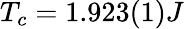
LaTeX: T_{c}=1.923(1)J